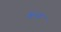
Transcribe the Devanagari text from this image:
केन्‍या